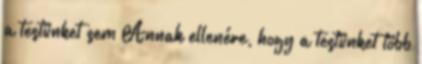
a testünket sem Annak ellenére, hogy a testünket több